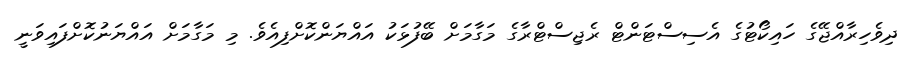
ދިވެހިރާއްޖޭގެ ހައިކޯޓުގެ އެސިސްޓަންޓް ރެޖިސްޓްރާގެ މަގާމަށް ބޭފުޅަކު އައްޔަންކޮށްފިއެވެ. މި މަގާމަށް އައްޔަނުކޮށްފައިވަނީ